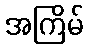
အကြိမ်